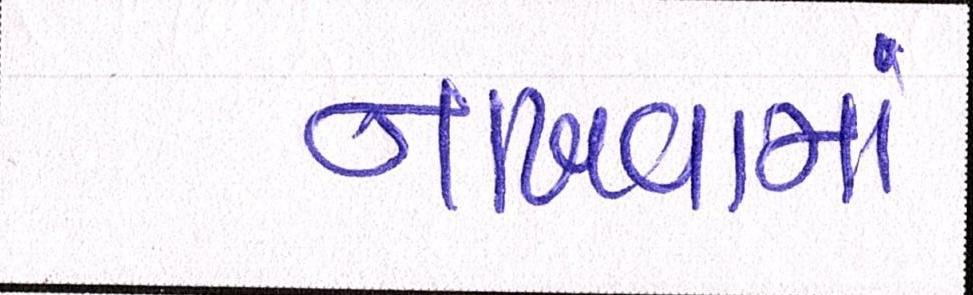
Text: નાખવામાં